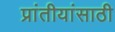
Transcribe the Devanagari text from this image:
प्रांतीयांसाठी